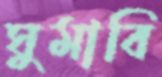
ঘুমাবি